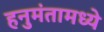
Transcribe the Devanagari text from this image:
हनुमंतामध्ये